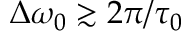
\Delta \omega _ { 0 } \gtrsim 2 \pi / \tau _ { 0 }